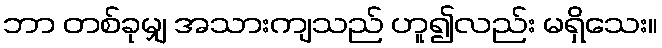
ဘာ တစ်ခုမျှ အသားကျသည် ဟူ၍လည်း မရှိသေး။